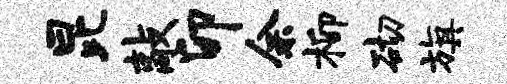
昆敲卯余柳砌旗